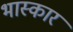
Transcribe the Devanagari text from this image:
भास्कार